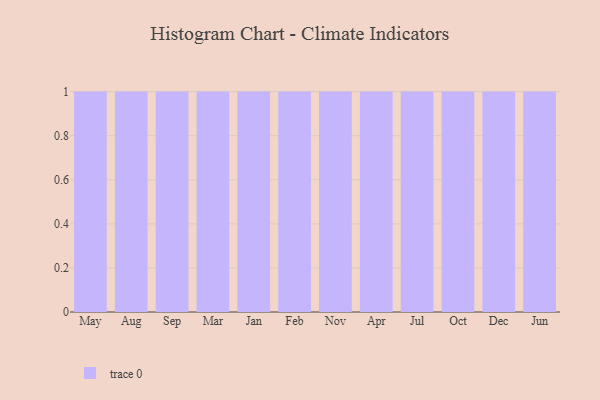
{"axis": {"x": "Month", "y": "Revenue (USD Million)"}, "legend": [""], "data": [{"x": "May", "y": 61, "type": ""}, {"x": "Aug", "y": 22, "type": ""}, {"x": "Sep", "y": 67, "type": ""}, {"x": "Mar", "y": 63, "type": ""}, {"x": "Jan", "y": 70, "type": ""}, {"x": "Feb", "y": 9, "type": ""}, {"x": "Nov", "y": 97, "type": ""}, {"x": "Apr", "y": 15, "type": ""}, {"x": "Jul", "y": 89, "type": ""}, {"x": "Oct", "y": 33, "type": ""}, {"x": "Dec", "y": 100, "type": ""}, {"x": "Jun", "y": 40, "type": ""}]}